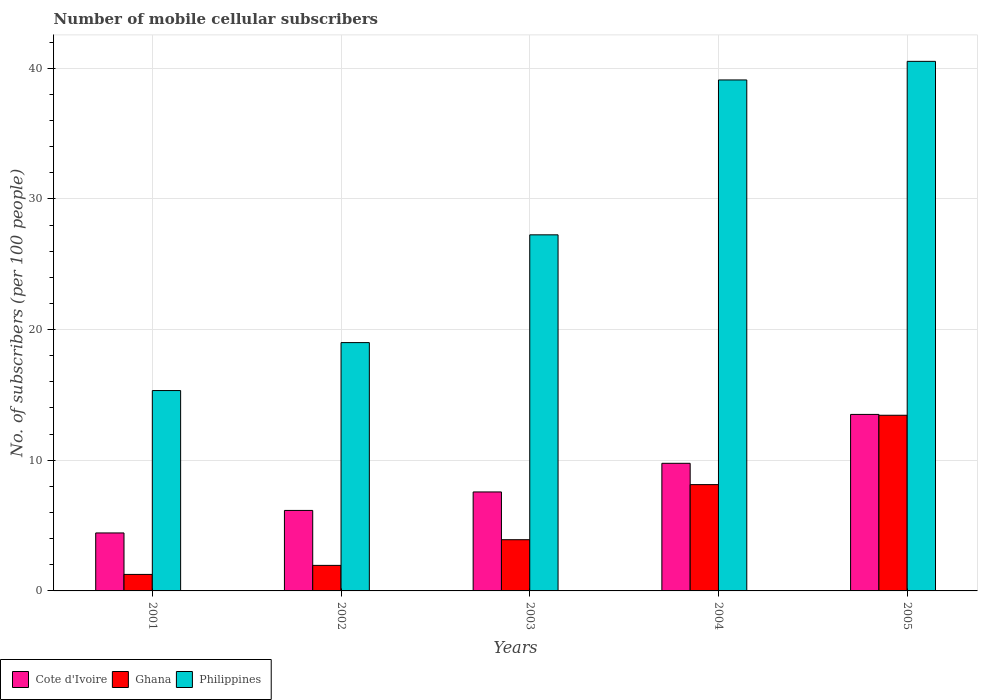
| Years | Cote d'Ivoire | Ghana | Philippines |
 | --- | --- | --- | --- |
 | 2001 | 4.44 | 1.26 | 15.3 |
 | 2002 | 6.16 | 1.95 | 19 |
 | 2003 | 7.57 | 3.92 | 27.2 |
 | 2004 | 9.77 | 8.14 | 39.1 |
 | 2005 | 13.5 | 13.4 | 40.5 |